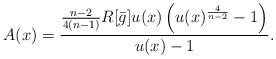
LaTeX: \begin{align*} A(x)=\frac{\frac {n-2}{4(n-1)}R[\bar{g}] u(x) \left(u(x)^{\frac{4}{n-2}} - 1\right)}{u(x)-1}.\end{align*}